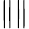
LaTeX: \| \|